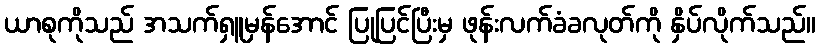
ယာစုကိုသည် အသက်ရှူမှန်အောင် ပြုပြင်ပြီးမှ ဖုန်းလက်ခံခလုတ်ကို နှိပ်လိုက်သည်။